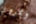
وبمرور